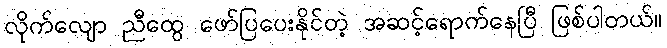
လိုက်လျော ညီထွေ ဖော်ပြပေးနိုင်တဲ့ အဆင့်ရောက်နေပြီ ဖြစ်ပါတယ်။